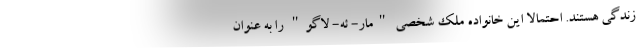
زندگی هستند. احتمالا این خانواده ملک شخصی "مار- ئه- لاگو" را به عنوان